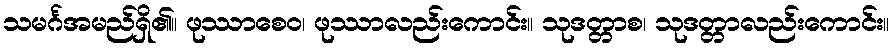
သမင်္ဂအမည်ရှိ၏။ ဖုဿာစေဝ၊ ဖုဿာလည်းကောင်း။ သုဒတ္တာစ၊ သုဒတ္တာလည်းကောင်း။